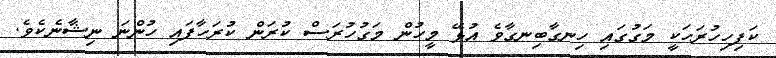
ކަފިހިހުރަހަކީ މަގުގައި ހިނގާބިނގާވެ އުޅޭ މީހުން މަގުހުރަސް ކުރަން ކުރަހާފައި ހުންނަ ނިޝާނެކެވެ.